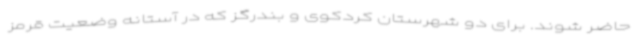
حاضر شوند. برای دو شهرستان کردکوی و بندرگز که در آستانه وضعیت قرمز